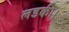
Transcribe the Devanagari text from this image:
लडकी।